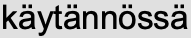
käytännössä